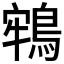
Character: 𪁔